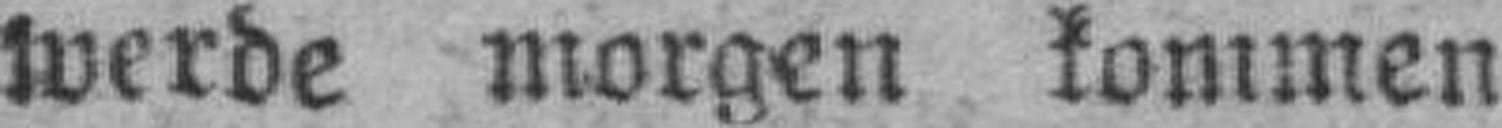
werde morgen kommen